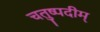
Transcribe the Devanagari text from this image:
चतुष्पदीम्